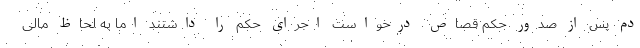
دم پس از صدور حکم قصاص درخواست اجرای حکم را داشتند اما به لحاظ مالی